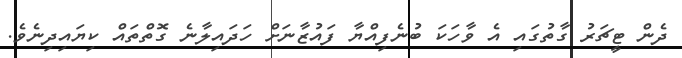
ދެން ޓީޗަރު ގާތުގައި އެ ވާހަކަ ބުނެފިއްޔާ ފައުޒާނަށް ހަދައިލާނެ ގޮތްތައް ކިޔައިދިނެވެ.